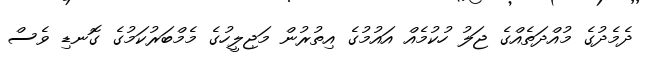
ދެމެދުގެ މުއްދަތެއްގެ ޖަލު ހުކުމެއް އައުމުގެ އިތުރުން މަޖިލީހުގެ މެމްބަރުކަމުގެ ގޮނޑި ވެސް